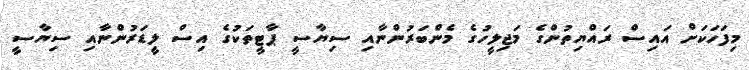
މިފަހަކަށް އައިސް ރައްޔިތުންގެ މަޖިލީހުގެ މެންބަރުންނާއި ސިޔާސީ ޕާޓީތަކުގެ އިސް ލީޑަރުންނާއި ސިޔާސީ